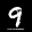
Label: 9